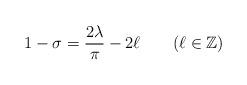
LaTeX: \begin{align*}1-\sigma = \frac{2\lambda}{\pi}-2\ell\quad\quad(\ell \in \mathbb{Z})\end{align*}